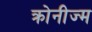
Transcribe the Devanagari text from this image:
क्रोनीज्म